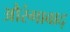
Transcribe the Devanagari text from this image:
औरंगाबाद्